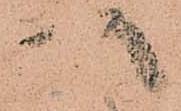
八